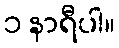
၁ နာရီပါ။